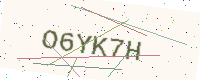
Text: O6YK7H